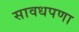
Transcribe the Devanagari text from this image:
सावधपणा